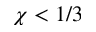
\chi < 1 / 3